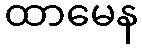
ထာမေန